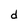
Character: d